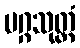
မဂ္ဂသုတ္တံ